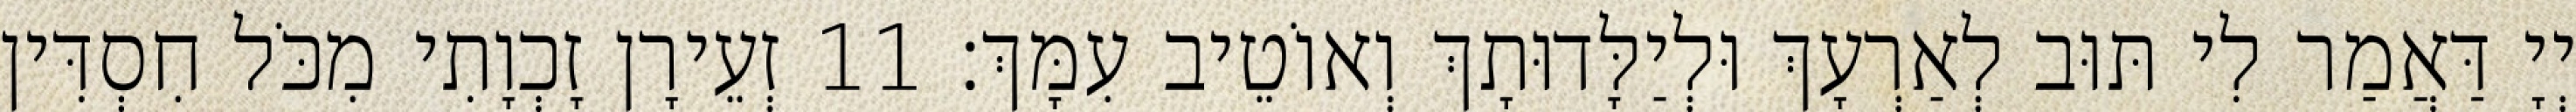
יְיָ דַּאֲמַר לִי תּוּב לְאַרְעָךְ וּלְיַלָּדוּתָךְ וְאוֹטֵיב עִמָּךְ׃ 11 זְעֵירָן זָכְוָתִי מִכֹּל חִסְדִּין